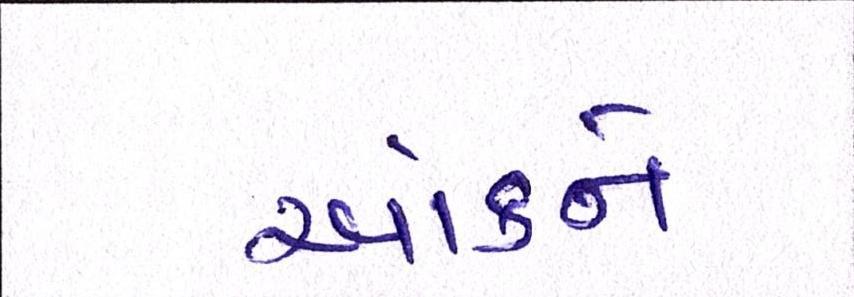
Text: આંકને